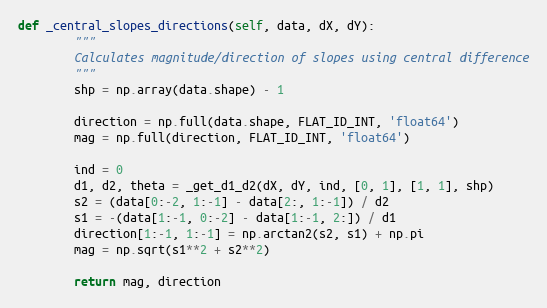
Language: Python
def _central_slopes_directions(self, data, dX, dY):
        """
        Calculates magnitude/direction of slopes using central difference
        """
        shp = np.array(data.shape) - 1

        direction = np.full(data.shape, FLAT_ID_INT, 'float64')
        mag = np.full(direction, FLAT_ID_INT, 'float64')

        ind = 0
        d1, d2, theta = _get_d1_d2(dX, dY, ind, [0, 1], [1, 1], shp)
        s2 = (data[0:-2, 1:-1] - data[2:, 1:-1]) / d2
        s1 = -(data[1:-1, 0:-2] - data[1:-1, 2:]) / d1
        direction[1:-1, 1:-1] = np.arctan2(s2, s1) + np.pi
        mag = np.sqrt(s1**2 + s2**2)

        return mag, direction